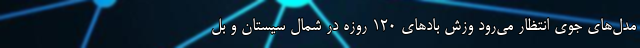
مدل‌های جوی انتظار می‌رود وزش بادهای ۱۲۰ روزه در شمال سیستان و بل